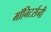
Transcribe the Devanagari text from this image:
मॉनिटर्सनी